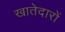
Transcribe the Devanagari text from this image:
खातेदारों